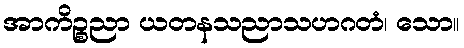
အာကိဉ္စညာ ယတနသညာသဟဂတံ၊ သော။